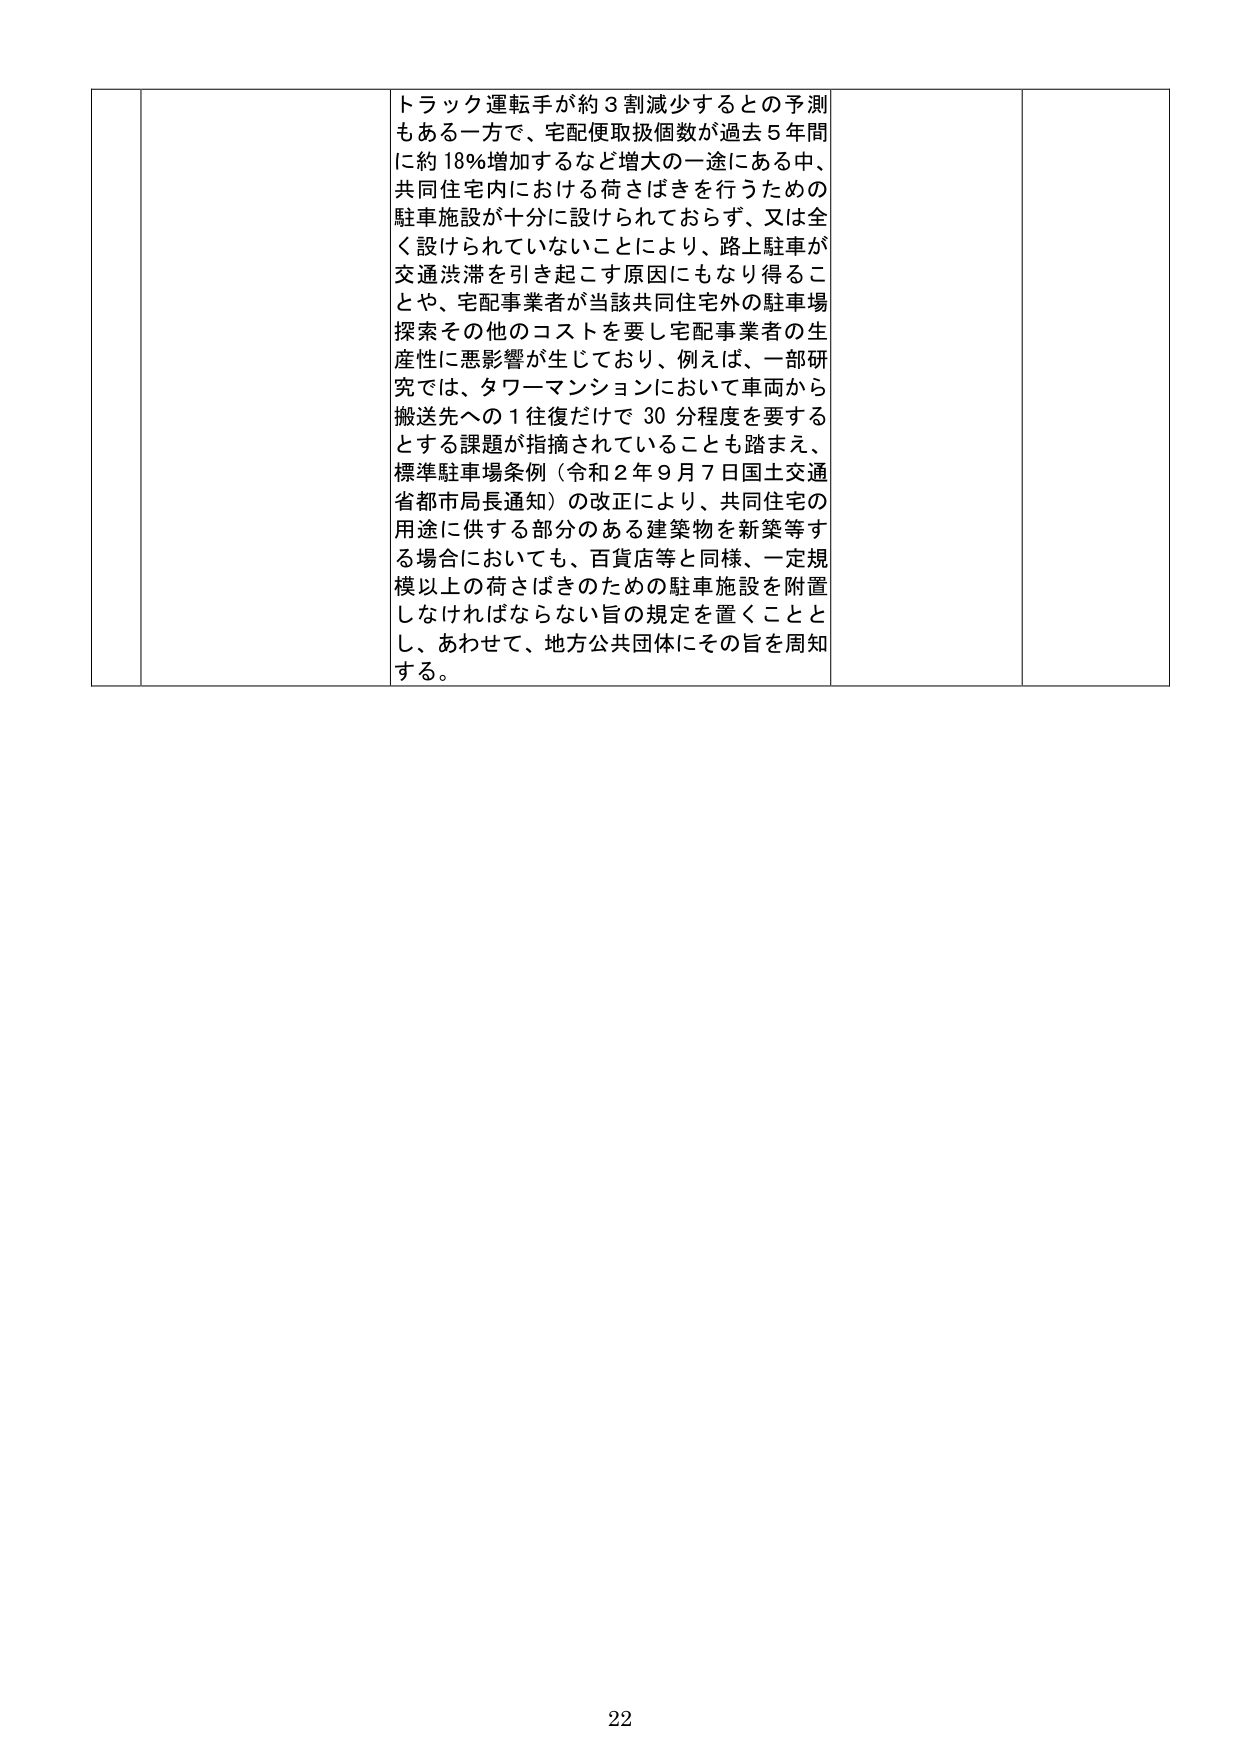
トラック運転手が約３割減少するとの予測
もある一方で、宅配便取扱個数が過去５年間
に約18％増加するなど増大の一途にある中、
共同住宅内における荷さばきを行うための
駐車施設が十分に設けられておらず、又は全
く設けられていないことにより、路上駐車が
交通渋滞を引き起こす原因にもなり得るこ
とや、宅配事業者が当該共同住宅外の駐車場
探索その他のコストを要し宅配事業者の生
産性に悪影響が生じており、例えば、一部研
究では、タワーマンションにおいて車両から
搬送先への１往復だけで30分程度を要する
とする課題が指摘されていることも踏まえ、
標準駐車場条例（令和２年９月７日国土交通
省都市局長通知）の改正により、共同住宅の
用途に供する部分のある建築物を新築等す
る場合においても、百貨店等と同様、一定規
模以上の荷さばきのための駐車施設を附置
しなければならない旨の規定を置くことと
し、あわせて、地方公共団体にその旨を周知
する。

22